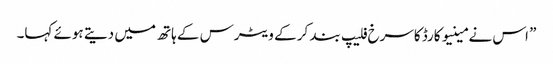
” اس نے مینیو کارڈ کاسرخ فلیپ بند کر کے ویٹرس کے ہاتھ میں دیتے ہوئے کہا۔